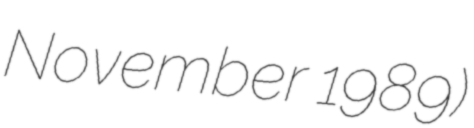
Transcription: November 1989)